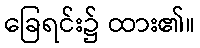
ခြေရင်း၌ ထား၏။